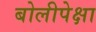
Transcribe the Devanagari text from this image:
बोलीपेक्षा